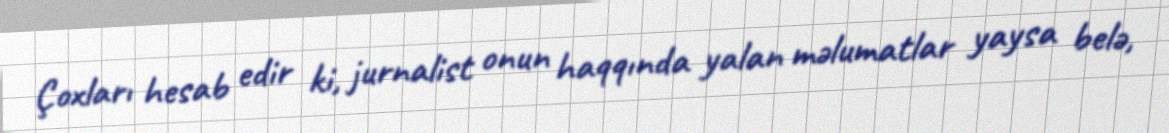
Çoxları hesab edir ki, jurnalist onun haqqında yalan məlumatlar yaysa belə,